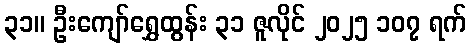
၃၁။ ဦးကျော်ရွှေထွန်း ၃၁ ဇူလိုင် ၂၀၂၅ ၁၀၇ ရက်